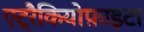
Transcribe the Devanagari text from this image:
एट्रैकियोफ़ाइटा